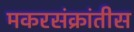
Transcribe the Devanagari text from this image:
मकरसंक्रांतीस